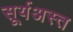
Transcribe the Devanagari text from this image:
सूर्यअस्त